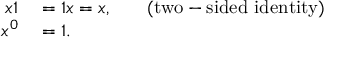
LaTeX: \begin{array} { r l r l } { x 1 } & { { } = 1 x = x , } & { } & { { } { \mathrm { ( t w o - s i d e d ~ i d e n t i t y ) } } } \\ { x ^ { 0 } } & { { } = 1 . } \end{array}